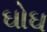
ઘોઘ